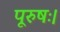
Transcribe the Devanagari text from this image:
पूरुषः।